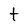
Character: t